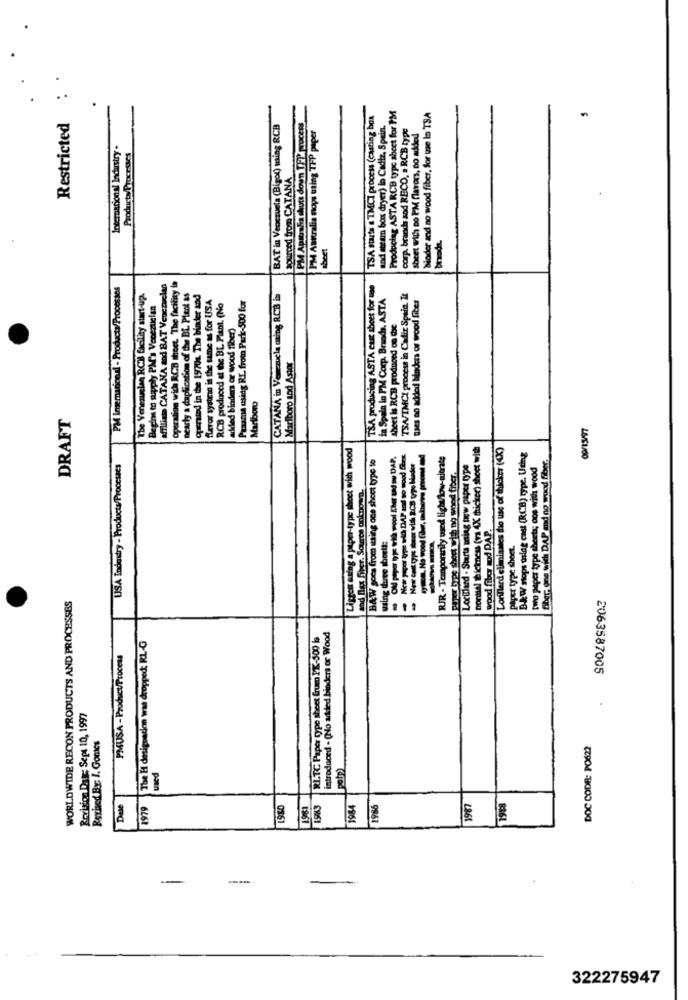
Producing ASTA RCB type sheet for PM
TSA starts & TMCI process (casting box
and steam box dryer) io Cadiz, Spain.
Sioder and no wood fiber, for te lo TSA
Restricted
BAT in Veocruela (Bigol) using RCB
PM Apitalia shuts down TPP process
PM Asktralia noys uting TFP paper
corp brands and RECO, a RCB type
sheet with Do PM flavors, no added
International Industry .
Products/Processes
sourced from CATANA
beet
Operation wich RCB theet. The facility is
PM Inemacional - Products/Processes
affiliate CATANA aod BAT Veuczcian
nearly a duplication of the BL Plant as
TSA producing ASTA cust sheet for mse
The Verenelen RCB facility start-UP.
Begins to supply PM's Venezuelan
operated in the 19701. The binder and
flavor systemo is the same as for USA
Paaama using RL. from Park-500 fur
CATANA in Venezuela ming RCB in
in Spain lo PM Corp. Brands. ASTA
TSAV/IMCI process in Cadfir Spaie. It
Uses no added binders or wood fiber
RCB produced at the BL Plant. (No
added binders or wood fiber)
sheet Is RCB produtoed on Coc
Marlboro tod Astor
Marlboro
DRAFT
09/1597
Liggen asing a paper-type sheet with wood
normal thickness (va 4X thicker) sheet with
Lorillard eliminates to use of thicker ((K)
BAW goca from itting one shoot type to
----- - - - DAP.
~> New Cast type bear with BCB po bilder
RJR - Temporarily used light/low-nitrate
B& W stops using cast (RCB) type. Urhg
USA Industry - Products/Processes
Paper bras sheet with no wood fiber,
Locillard . Starts ming new paper type
two paper type sheets; oos with wood
Biber, one with DAP md no wood fiber
wood fiber mod DAP.
wing turee boett:
Piper type sheet.
WORLDWIDE RECON PRODUCTS AND PROCESSES
The H designation was dropped: RL-G
RLTC Paper type sheet frum PK-500 b
introduced - (No added binders or Wood
PMUSA - Product/Process
2063587005
Revision Das: Sept 10, 1997
Revised By. I. Gomes
DOC CODE: PO622
pate)
used
Dale
1979
1910
1961
1984
1986
1987
1998
-
--
-
-
322275947